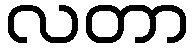
လတာ